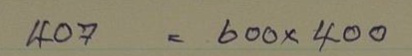
407 = 600x400